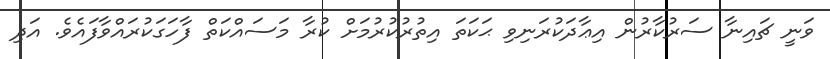
ވަނީ ޗައިނާ ސަރުކާރުން އިޢާދަކުރަނިވި ޙަކަތަ އިތުރުކުރުމަށް ކުރާ މަސައްކަތް ފާހަގަކުރައްވާފައެވެ. އަދި